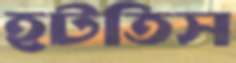
হটতিস